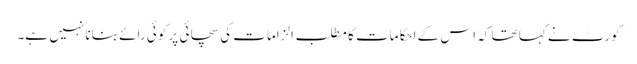
کورٹ نے کہا تھا کہ اس کے احکامات کا مطلب الزامات کی سچائی پر کوئی رائے بنانا نہیں ہے۔